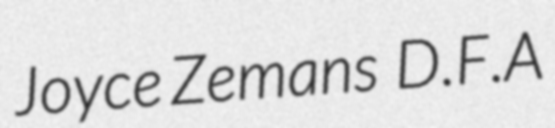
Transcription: Joyce Zemans  D.F.A